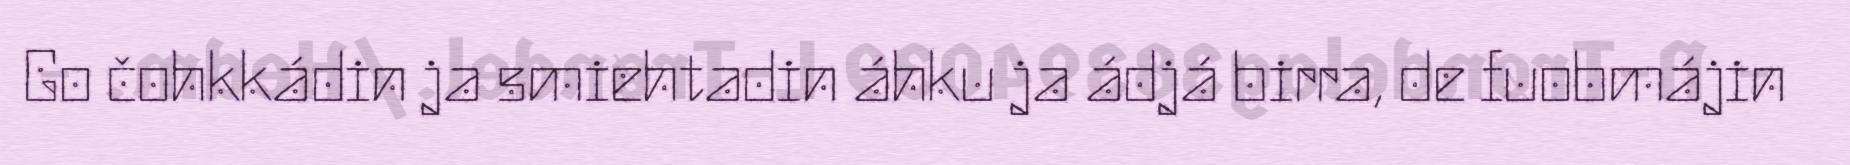
Go čohkkádin ja smiehtadin áhku ja ádjá birra, de fuobmájin